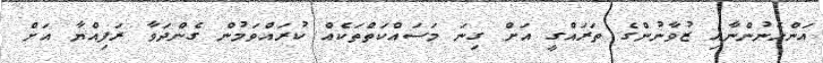
އަންހެނުންނާއި ޒުވާނުންގެ ތަރައްގީ އަށް ގިނަ މަސައްކަތްތަކެއް ކުރައްވަމުން ގެންދަވާ ރަފިއްޔާ އަށް